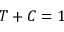
T + C = 1